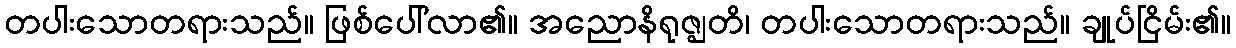
တပါးသောတရားသည်။ ဖြစ်ပေါ်လာ၏။ အညောနိရုဇ္ဈတိ၊ တပါးသောတရားသည်။ ချုပ်ငြိမ်း၏။